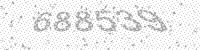
Solution: 688539